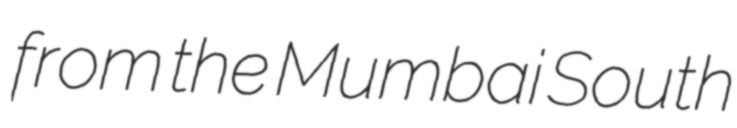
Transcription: from the Mumbai South